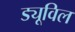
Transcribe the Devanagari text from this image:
ड्यूविल